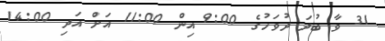
31 ވާ ބުދަ ދުވަހުގެ 9:00 އިން 11:00 އަށް އަދި 14:00